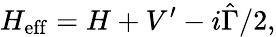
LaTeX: H_{\mathrm{eff}}=H+V^{\prime}-i\hat{\Gamma}/2,